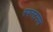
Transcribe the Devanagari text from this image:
स्यस्टमस